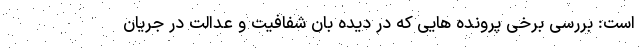
است: بررسی برخی پرونده هایی که در دیده بان شفافیت و عدالت در جریان